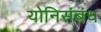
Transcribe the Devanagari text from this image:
योनिसंबंध